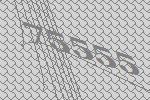
75555